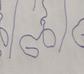
Signature authenticity: forged